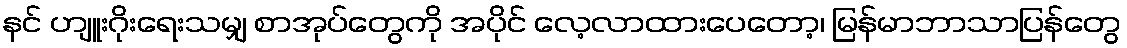
နင် ဟျူးဂိုးရေးသမျှ စာအုပ်တွေကို အပိုင် လေ့လာထားပေတော့၊ မြန်မာဘာသာပြန်တွေ